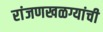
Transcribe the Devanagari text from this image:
रांजणखळग्यांची